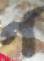
গ